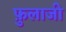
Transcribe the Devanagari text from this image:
फ़ुलाजी